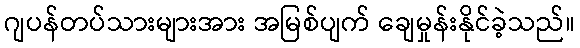
ဂျပန်တပ်သားများအား အမြစ်ပျက် ချေမှုန်းနိုင်ခဲ့သည်။